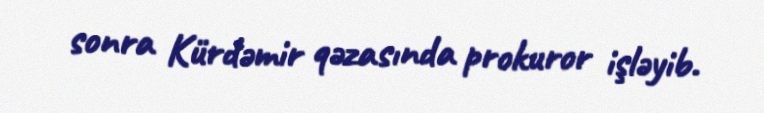
sonra Kürdəmir qəzasında prokuror işləyib.